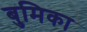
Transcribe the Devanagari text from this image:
बुमिका